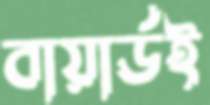
বায়ার্ডই